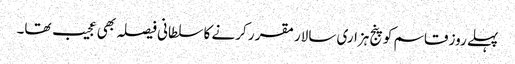
پہلے روز قاسم کو پنج ہزاری سالار مقر ر کرنے کا سلطانی فیصلہ بھی عجیب تھا۔